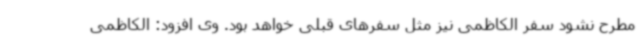
مطرح نشود سفر الکاظمی نیز مثل سفرهای قبلی خواهد بود. وی افزود: الکاظمی